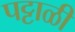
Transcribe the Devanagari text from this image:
पट्टाळी